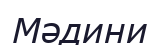
Мәдини